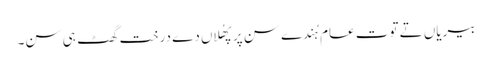
بیریاں تے توت عام ہُندے سن پر پھُلاں دے درخت گھٹ ہی سن۔